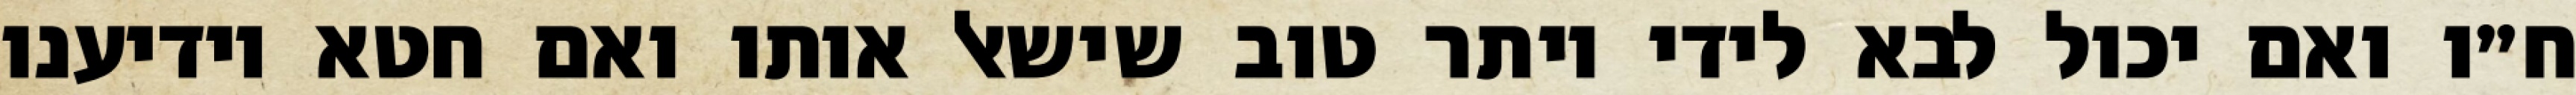
ח״ו ואם יכול לבא לידי יותר טוב שישאל אותו ואם חטא יודיענו